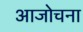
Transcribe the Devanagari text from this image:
आजोचना